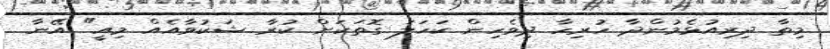
މިތާ ދިރިއުޅެމުންދާ ހުރިހާ ދިވެހިން ކަހަލަ ގޮތަކަށް ކުރާ ޝަކުވާއެއް މިއީ" އޭނާ